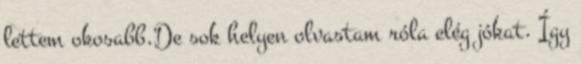
lettem okosabb.De sok helyen olvastam róla elég jókat. Így